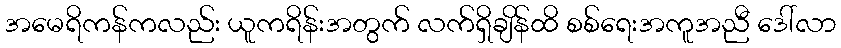
အမေရိကန်ကလည်း ယူကရိန်းအတွက် လက်ရှိချိန်ထိ စစ်ရေးအကူအညီ ဒေါ်လာ